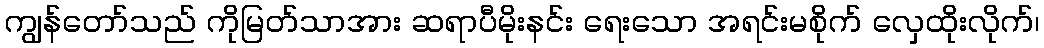
ကျွန်တော်သည် ကိုမြတ်သာအား ဆရာပီမိုးနင်း ရေးသော အရင်းမစိုက် လှေထိုးလိုက်၊